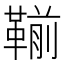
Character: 𩋳